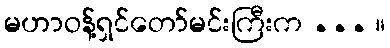
မဟာဝန့်ရှင်တော်မင်းကြီးက ... ။